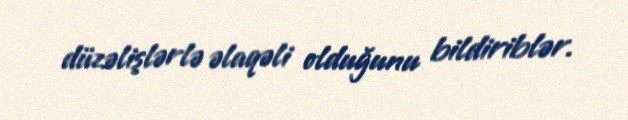
düzəlişlərlə əlaqəli olduğunu bildiriblər.